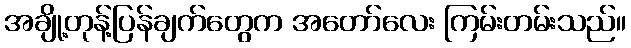
အချို့တုန့်ပြန်ချက်တွေက အတော်လေး ကြမ်းတမ်းသည်။